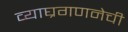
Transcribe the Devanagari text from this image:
व्याघ्रगणनेची